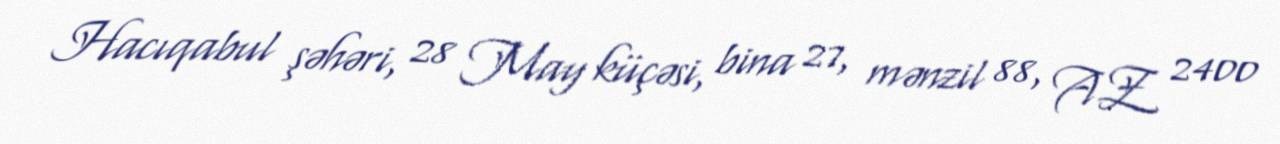
Hacıqabul şəhəri, 28 May küçəsi, bina 27, mənzil 88, AZ 2400